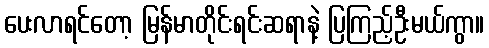
ပေးလာရင်တော့ မြန်မာတိုင်းရင်းဆရာနဲ့ ပြကြည့်ဦးမယ်ကွာ။